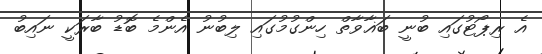
އެ ރިޕޯޓުގައި ބުނީ ބަޣާވާތް ހިންގުމުގައި ލިބުނު އެންމެ ބޮޑު ބާރަކީ ނައިބު